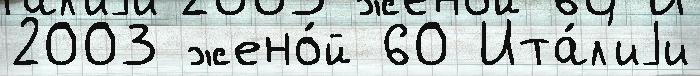
2003 жено́й 60 Ита́л'иjи